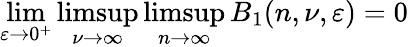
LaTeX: \operatorname*{lim}_{\varepsilon\rightarrow 0^{+}}\operatorname*{limsup}_{\nu\rightarrow\infty}\operatorname*{limsup}_{n\rightarrow\infty}B_{1}(n,\nu,\varepsilon)=0